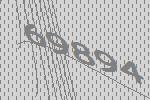
69894